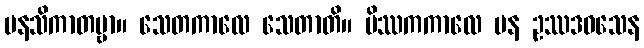
မနသိကာတဗ္ဗာ။ သေတကာလေ သေတာတိ။ မိဿကကာလေ ပန ဥဿဒဝသေန